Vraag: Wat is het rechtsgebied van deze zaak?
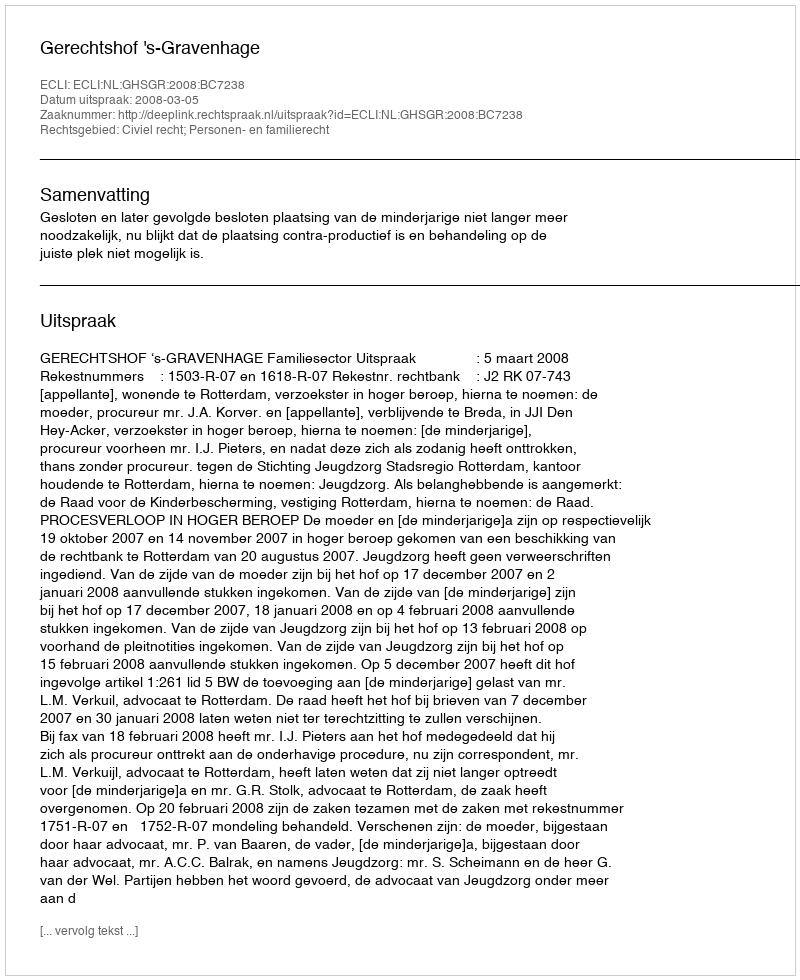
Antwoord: Civiel recht; Personen- en familierecht